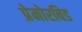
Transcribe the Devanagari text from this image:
प्रेमोरबिड